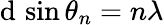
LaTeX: \mathrm{d}\, \sin\theta_{n}=n\lambda